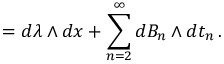
{ \bf \Omega } = d \lambda \wedge d x + \sum _ { n = 2 } ^ { \infty } d B _ { n } \wedge d t _ { n } \, .